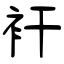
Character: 衦